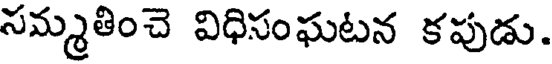
సమ్మతించె విధిసంఘటన కపుడు.